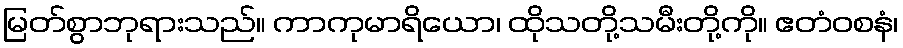
မြတ်စွာဘုရားသည်။ ကာကုမာရိယော၊ ထိုသတို့သမီးတို့ကို။ ဧတံဝစနံ၊